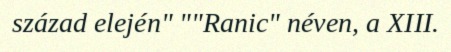
század elején" ""Ranic" néven, a XIII.